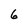
Character: 6